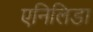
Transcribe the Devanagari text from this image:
एनिलिडा